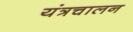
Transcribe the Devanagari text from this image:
यंत्रचालन